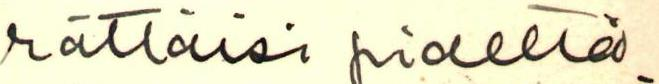
riittäisi pidettä-